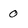
Character: O